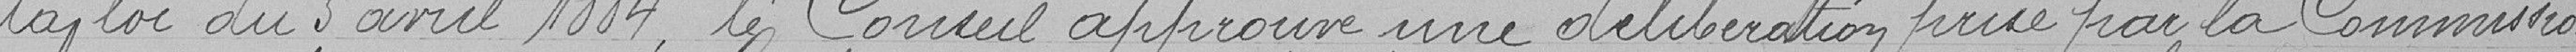
la loi du 5 avril 1884, le Conseil approuve une délibération prise par la Commission